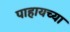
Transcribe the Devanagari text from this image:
पाहायच्या